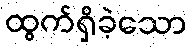
ထွက်ရှိခဲ့သော